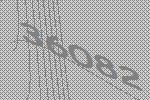
36082